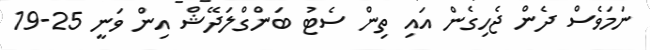
ނަމަވެސް ދެން ޖެހިގެން އައި ތިން ސެޓު ބަންގްލަދޭޝް އިން ވަނީ 25-19